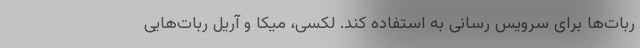
ربات‌ها برای سرویس رسانی به استفاده کند. لکسی، میکا و آریل ربات‌هایی